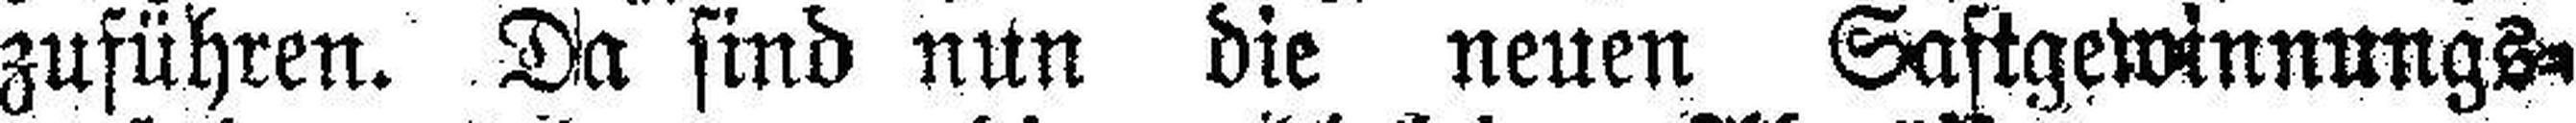
zuführen. Da sind nun die neuen Saftgewinnungs¬